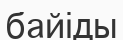
байіды